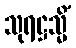
သုရဋ္ဌသ္မိံ